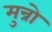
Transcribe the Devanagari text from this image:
मुन्रो